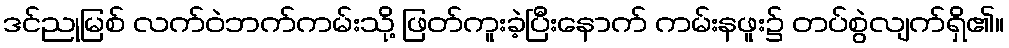
ဒင်ညုမြစ် လက်ဝဲဘက်ကမ်းသို့ ဖြတ်ကူးခဲ့ပြီးနောက် ကမ်းနဖူး၌ တပ်စွဲလျက်ရှိ၏။